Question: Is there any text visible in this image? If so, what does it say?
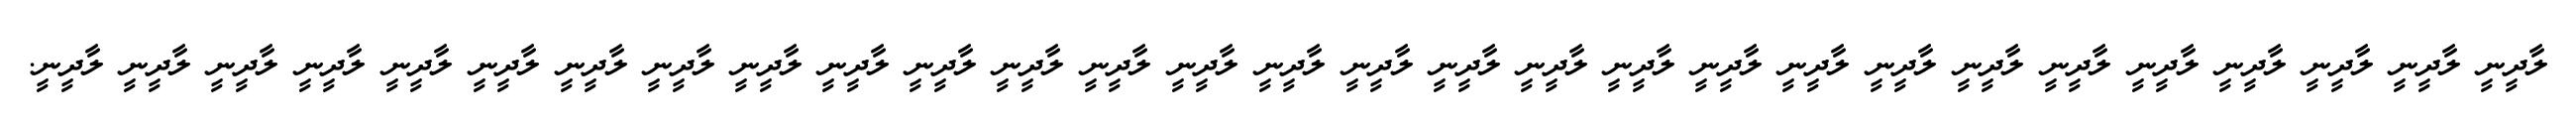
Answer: ލާދީނީ ލާދީނީ ލާދީނީ ލާދީނީ ލާދީނީ ލާދީނީ ލާދީނީ ލާދީނީ ލާދީނީ ލާދީނީ ލާދީނީ ލާދީނީ ލާދީނީ ލާދީނީ ލާދީނީ ލާދީނީ ލާދީނީ ލާދީނީ ލާދީނީ ލާދީނީ ލާދީނީ ލާދީނީ ލާދީނީ ލާދީނީ ލާދީނީ ލާދީނީ ލާދީނީ ލާދީނީ ލާދީނީ.